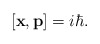
\begin{align*}\left[\textbf{x},\textbf{p}\right]=i\hbar.\end{align*}